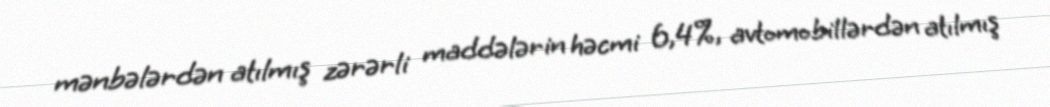
mənbələrdən atılmış zərərli maddələrin həcmi 6,4%, avtomobillərdən atılmış